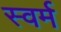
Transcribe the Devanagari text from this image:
स्वर्म